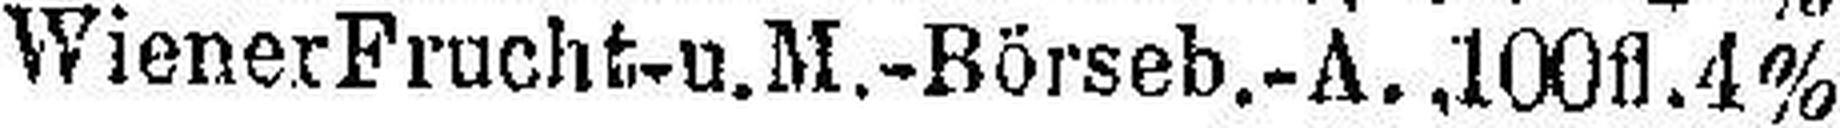
Wiener Frucht- u. M.-Börseb.-A., 100 fl. 4%